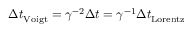
\Delta t _ { \mathrm { V o i g t } } = \gamma ^ { - 2 } \Delta t = \gamma ^ { - 1 } \Delta t _ { \mathrm { L o r e n t z } }